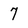
Character: 7